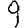
Digit: 9